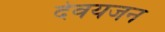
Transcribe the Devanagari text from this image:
देवयजन